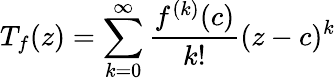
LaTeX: T_{f}(z)=\sum_{k=0}^{\infty}{\frac{f^{(k)}(c)}{k!}}(z-c)^{k}